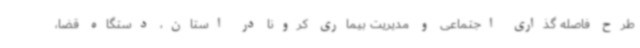
طرح فاصله گذاری اجتماعی و مدیریت بیماری کرونا در استان، دستگاه قضا،